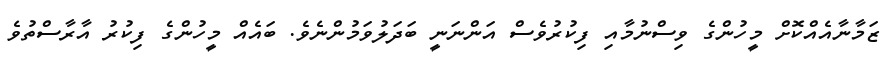
ޒަމާނާއެއްކޮށް މީހުންގެ ވިސްނުމާއި ފިކުރުވެސް އަންނަނީ ބަދަލުވަމުންނެވެ. ބައެއް މީހުންގެ ފިކުރު އާރާސްތުވެ